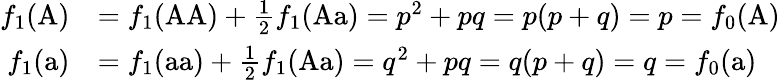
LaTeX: {\begin{array}{rl}{f_{1}({\mathrm{A}})}&{=f_{1}({\mathrm{AA}})+{\frac{1}{2}}f_{1}({\mathrm{Aa}})=p^{2}+pq=p(p+q)=p=f_{0}({\mathrm{A}})}\\ {f_{1}({\mathrm{a}})}&{=f_{1}({\mathrm{aa}})+{\frac{1}{2}}f_{1}({\mathrm{Aa}})=q^{2}+pq=q(p+q)=q=f_{0}({\mathrm{a}})}\end{array}}